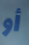
أو